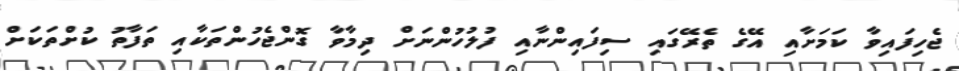
ޖެހިފައިވާ ކަމަށާއި އޭގެ ތެރޭގައި ސިފައިންނާއި ފުލުހުންނަށް ދިމާވާ ގޮންޖެހުންތަކާއި ތަފާތު ކުށްތަކަށް